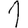
Digit: 1